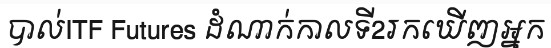
បាល់ITF Futures ដំណាក់កាលទី2រកឃើញអ្នក